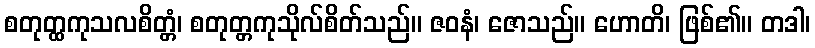
စတုတ္ထကုသလစိတ္တံ၊ စတုတ္တကုသိုလ်စိတ်သည်။ ဇဝနံ၊ ဇောသည်။ ဟောတိ၊ ဖြစ်၏။ တဒါ၊